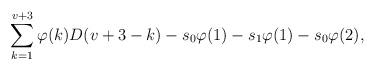
LaTeX: \begin{align*} &\sum_{k=1}^{v+3}\varphi(k)D(v+3-k)-s_0\varphi(1)-s_1\varphi (1)-s_0\varphi(2),\end{align*}